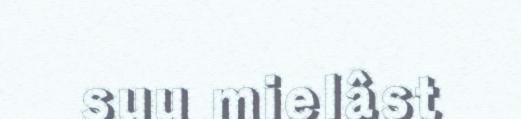
suu mielâst